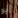
أبو